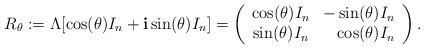
LaTeX: \begin{align*}R_\theta := \Lambda [ \cos (\theta) I_n + \textbf{i} \sin (\theta) I_n] =\left(\begin{array}{cr}\cos (\theta) I_n & -\sin (\theta) I_n \\\sin (\theta) I_n & \cos (\theta) I_n\end{array}\right).\end{align*}